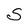
Character: S